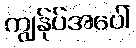
ကျွန်ုပ်အပေါ်